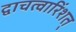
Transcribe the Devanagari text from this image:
द्वाचत्वारिंशत्